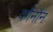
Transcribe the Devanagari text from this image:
कौनौन